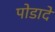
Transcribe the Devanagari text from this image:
पोडादे